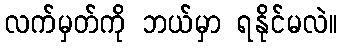
လက်မှတ်ကို ဘယ်မှာ ရနိုင်မလဲ။